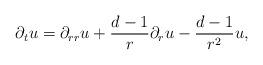
LaTeX: \begin{align*} \partial_{t}u=\partial_{rr}u+\frac{d-1}{r}\partial_{r}u-\frac{d-1}{r^{2}}u, \end{align*}